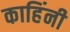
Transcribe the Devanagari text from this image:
काहिंनी